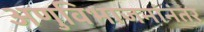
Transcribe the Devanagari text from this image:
अणुविभाजनांनंतर